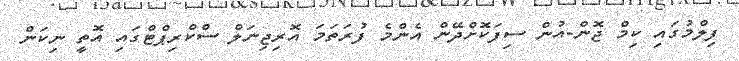
ފިލްމުގައި ކިމް ޖޮން-އުން ސިފަކޮށްދޭން އެންމެ ފުރަތަމަ އޮރިޖިނަލް ސްކްރިޕްޓްގައި އޮތީ ނިކަން